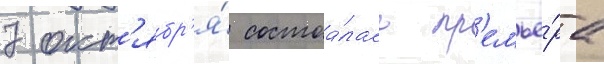
7 окт'ябр'я́ состоа́лась пр'емье́ра